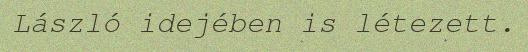
László idejében is létezett.